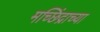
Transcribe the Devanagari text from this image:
मच्छिंद्राच्या